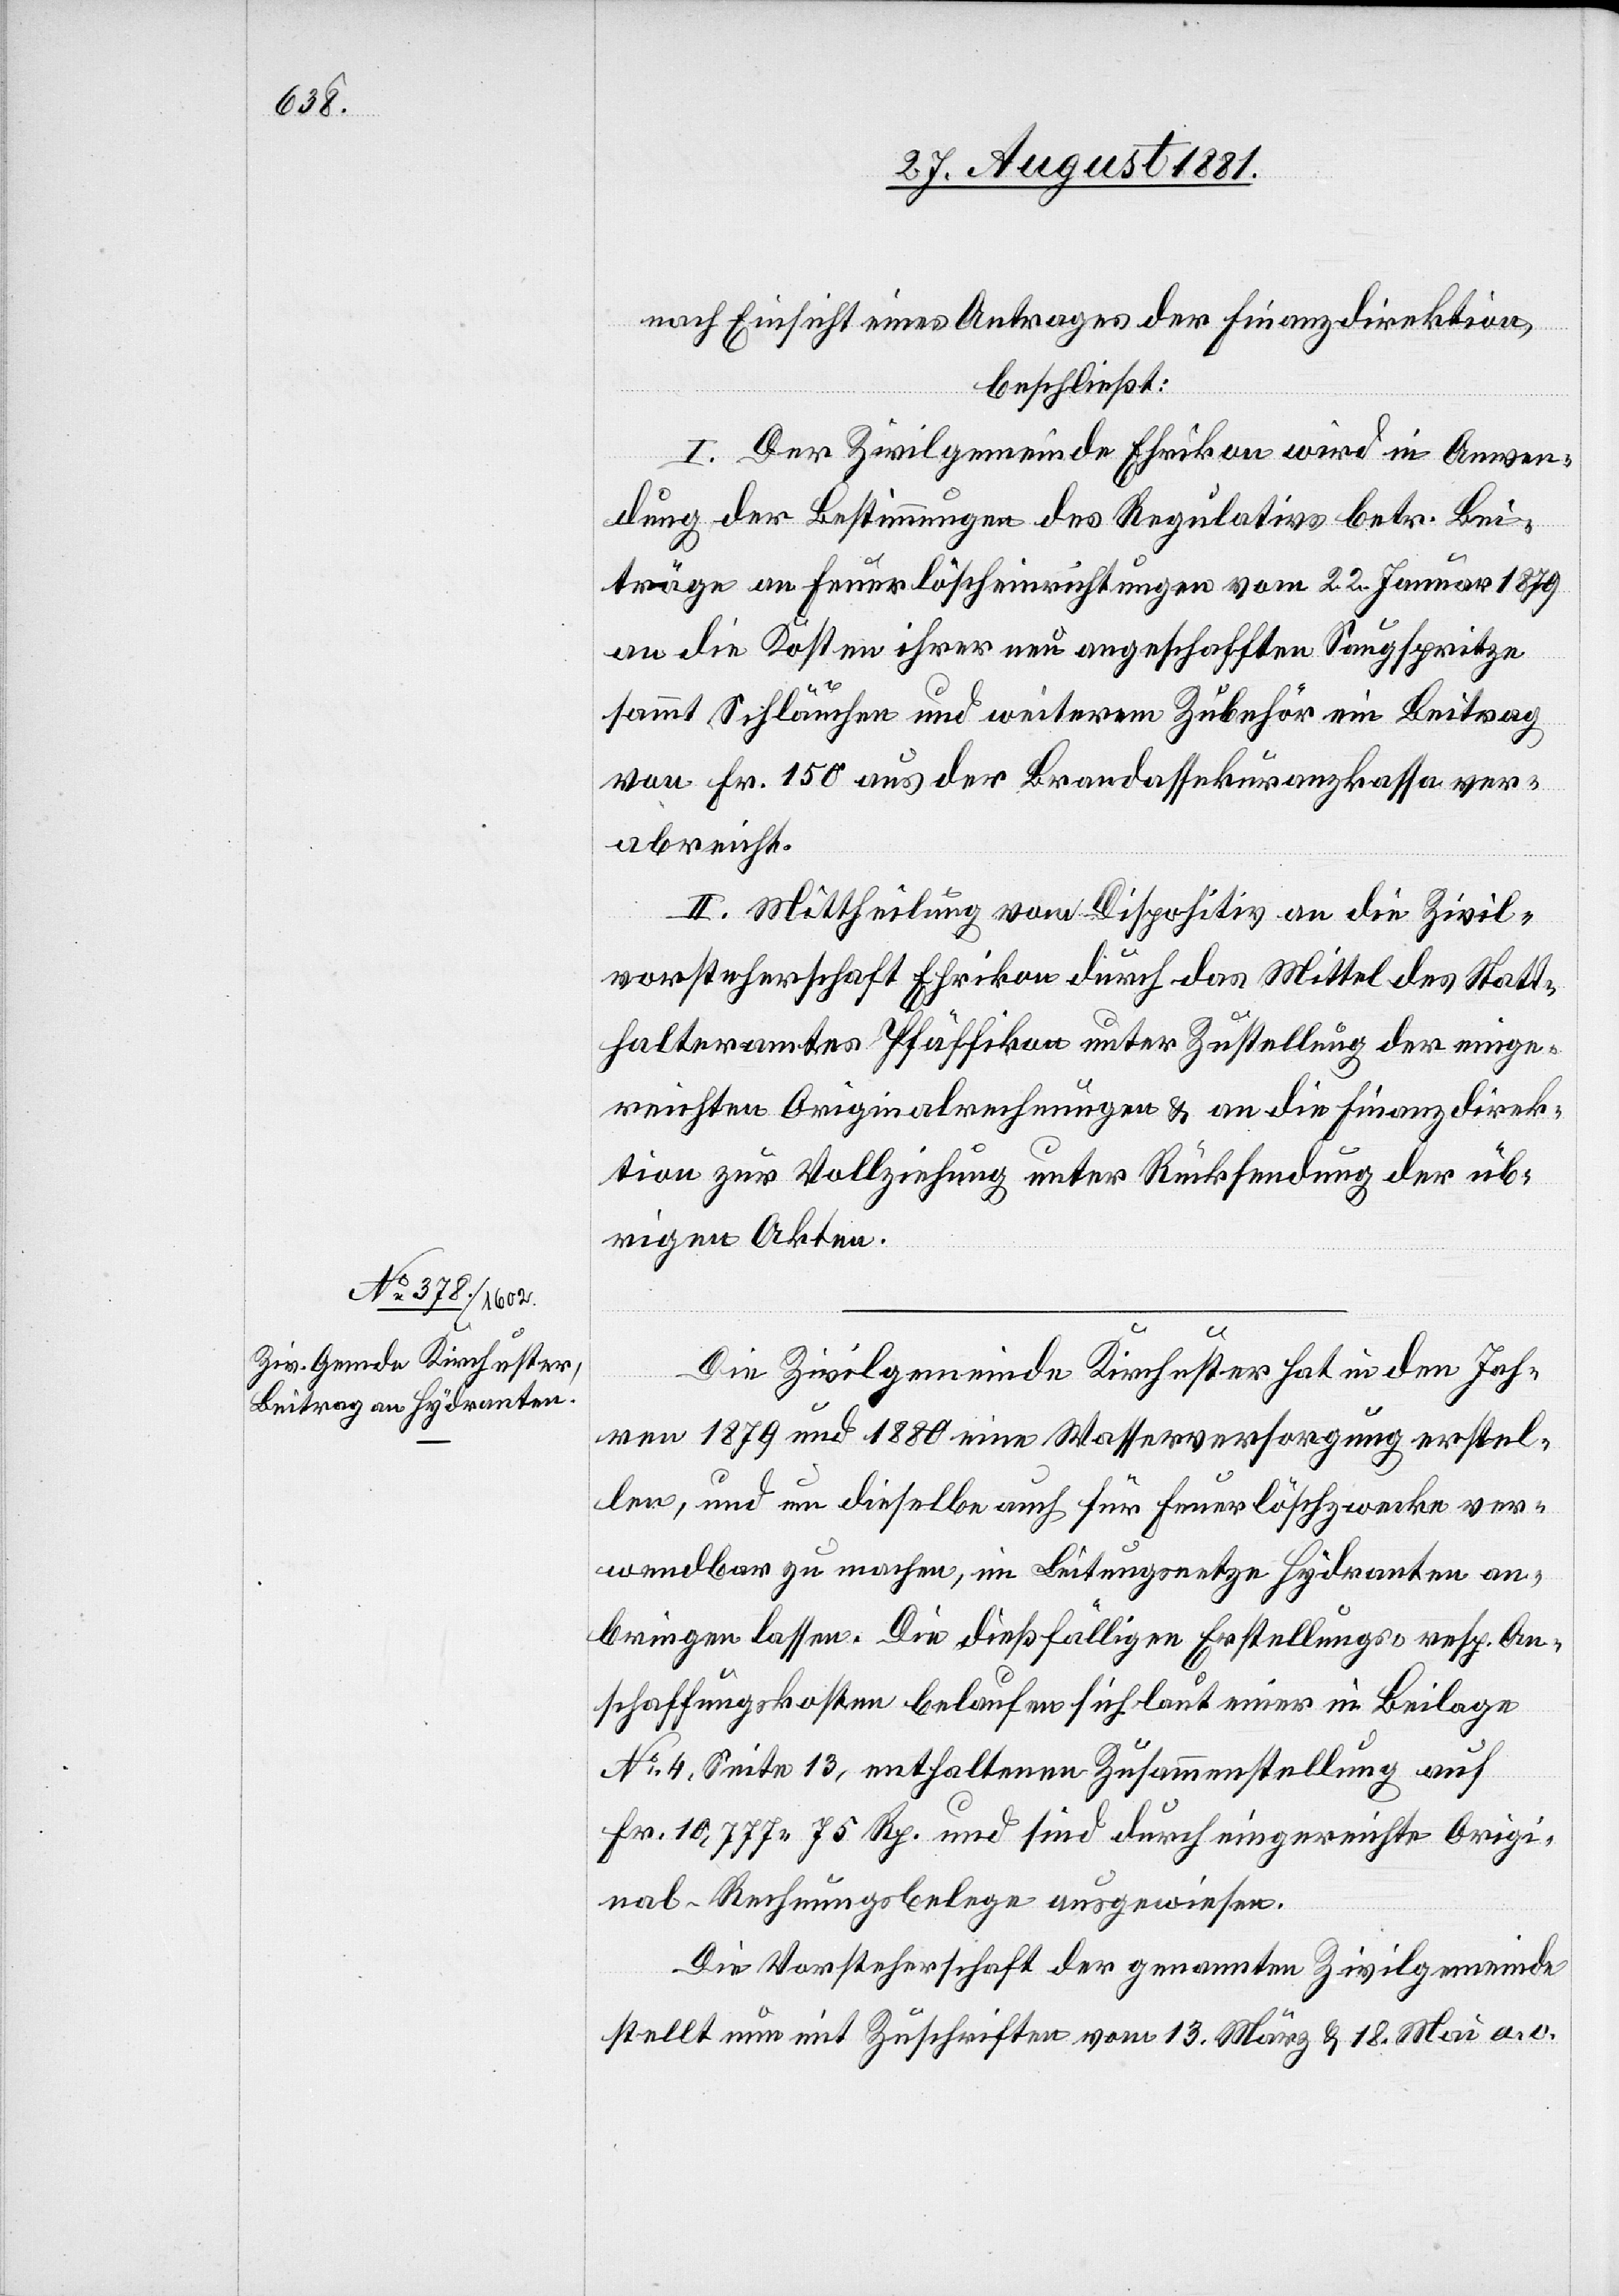
nach Einsicht eines Antrages der Finanzdirektion,
beschließt:
I. Der Zivilgemeinde Ehrikon wird in Anwen¬
dung der Bestimmungen des Regulativs betr. Bei¬
träge an Feuerlöscheinrichtungen vom 22. Januar 1879
an die Kosten ihrer neu angeschafften Saugspritze
sammt Schläuchen und weiterm Zubehör ein Beitrag
von Fr. 150 aus der Brandassekuranzkassa ver¬
abreicht.
II. Mittheilung von Dispositiv an die Zivil¬
vorsteherschaft Ehrikon durch das Mittel des Statt¬
halteramtes Pfäffikon unter Zustellung der einge¬
reichten Originalrechnungen & an die Finanzdirek¬
tion zur Vollziehung unter Rücksendung der üb¬
rigen Akten.
Die Zivilgemeinde Kirchuster hat in den Jah¬
ren 1879 und 1880 eine Wasserversorgung erstel¬
len, und um dieselbe auch für Feuerlöschzwecke ver¬
wendbar zu machen, im Leitungsnetze Hydranten an¬
bringen lassen. Die dießfälligen Erstellungs- resp. An¬
schaffungskosten belaufen sich laut einer in Beilage
No 4, Seite 13, enthaltenen Zusammenstellung auf
Fr. 10,777 75 Rp und sind durch eingereichte Origi¬
nal-Rechnungsbelege ausgewiesen.
Die Vorsteherschaft der genannten Zivilgemeinde
stellt nun mit Zuschriften vom 13. März & 18. Mai a. c.